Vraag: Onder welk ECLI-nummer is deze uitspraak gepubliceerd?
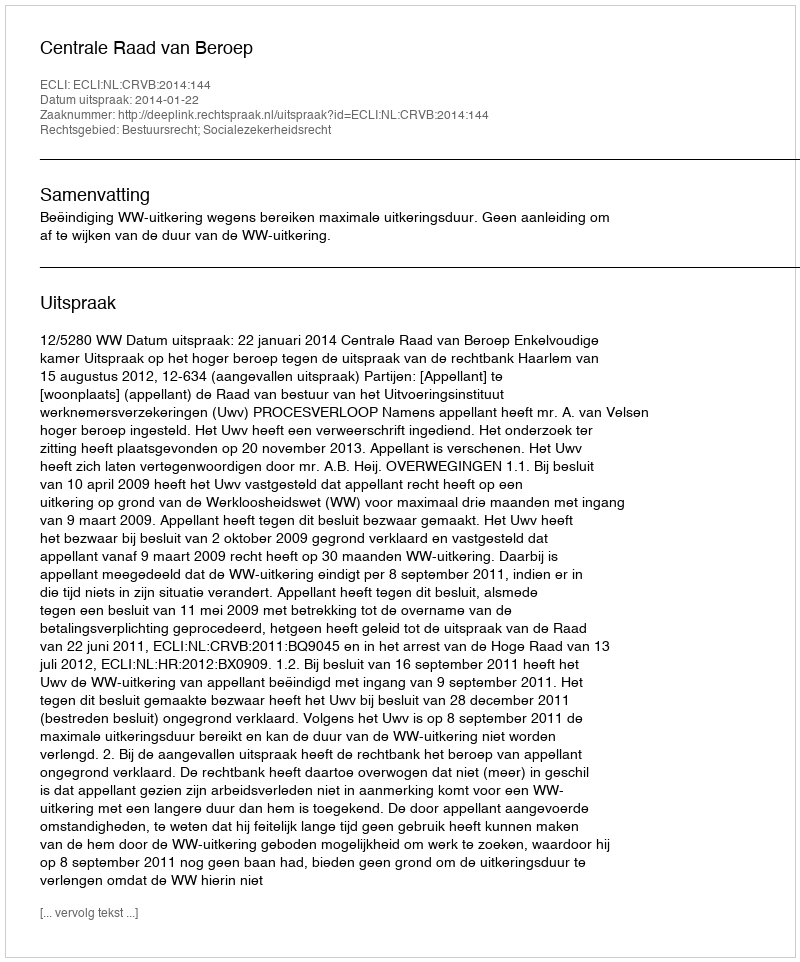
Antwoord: ECLI:NL:CRVB:2014:144